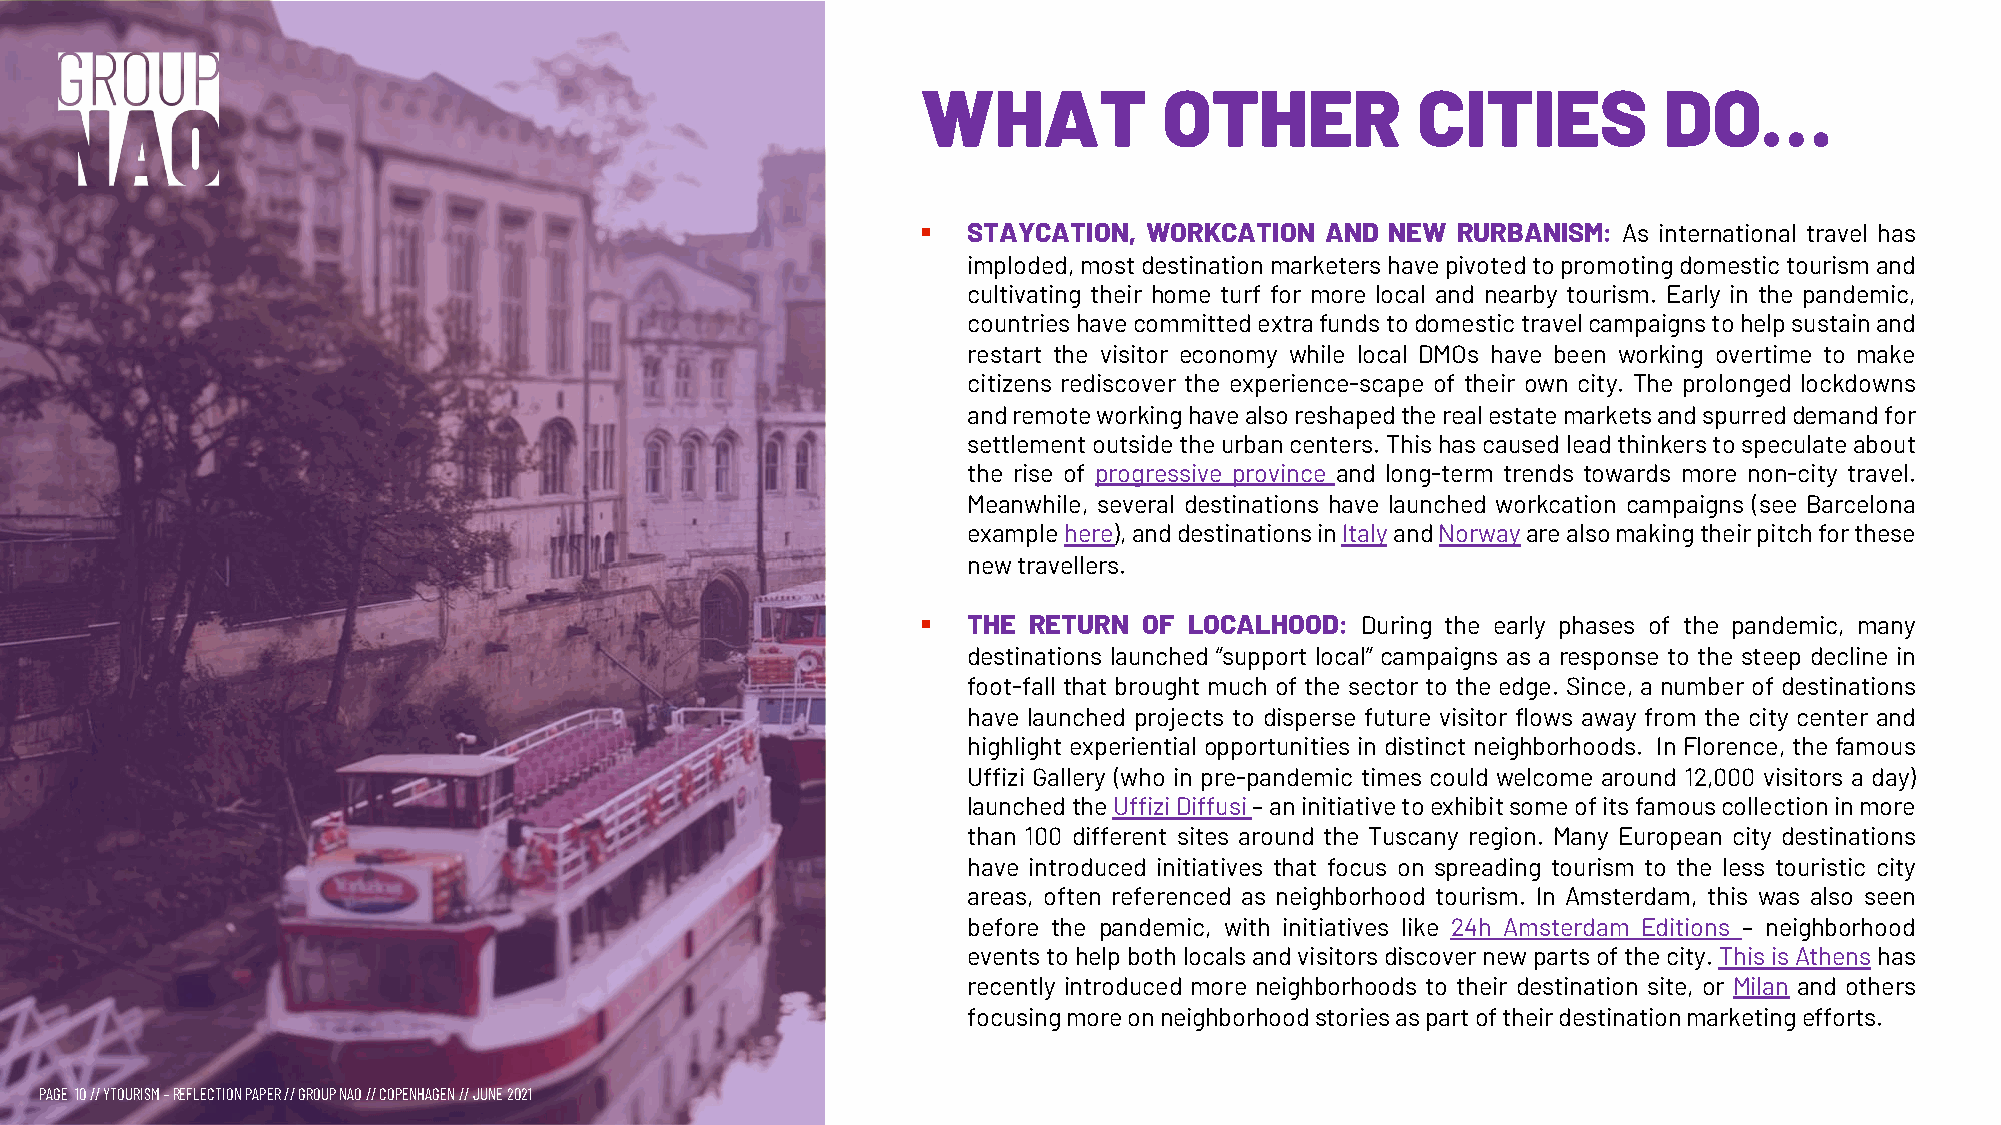
WHAT            OTHER            CITIES          DO…
 §  STAYCATION, WORKCATION  AND NEW RURBANISM: As international travel has
 imploded,mostdestinationmarketershavepivotedtopromotingdomestictourismand
 cultivating their home turf for more local and nearby tourism. Early in the pandemic,
 countrieshavecommittedextrafundstodomestictravelcampaignstohelpsustainand
 restart the visitor economy while local DMOs have been working overtime to make
 citizens rediscover the experience-scape of their own city. The prolonged lockdowns
 andremoteworkinghavealsoreshapedtherealestatemarketsandspurreddemandfor
 settlementoutsidetheurbancenters.Thishascausedleadthinkerstospeculateabout
 the rise of progressive province and long-term trends towards more non-city travel.
 Meanwhile, several destinations have launched workcation campaigns (see Barcelona
 examplehere),anddestinationsinItalyandNorwayarealsomakingtheirpitchforthese
 newtravellers.
 §  THE RETURN  OF LOCALHOOD: During the early phases of the pandemic, many
 destinations launched “support local” campaigns as a response to the steep decline in
 foot-fall that brought much of the sector to the edge. Since, a number of destinations
 have launched projects to disperse future visitor flows away from the city center and
 highlight experiential opportunities in distinct neighborhoods. In Florence, the famous
 Uffizi Gallery (who in pre-pandemic times could welcome around 12,000 visitors a day)
 launchedtheUffiziDiffusi–aninitiativetoexhibitsomeofitsfamouscollectioninmore
 than 100 different sites around the Tuscany region. Many European city destinations
 have introduced initiatives that focus on spreading tourism to the less touristic city
 areas, often referenced as neighborhood tourism. In Amsterdam, this was also seen
 before the pandemic, with initiatives like 24h Amsterdam Editions – neighborhood
 eventstohelpbothlocalsandvisitorsdiscovernewpartsofthecity.ThisisAthenshas
 recently introduced more neighborhoods to their destination site, or Milan and others
 focusingmoreonneighborhoodstoriesaspartoftheirdestinationmarketingefforts.
 PAGE 10// YTOURISM –REFLECTION PAPER // GROUP NAO // COPENHAGEN // JUNE 2021                                     Photo byAshley Baxter//Unsplash